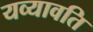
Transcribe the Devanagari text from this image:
यव्यावति